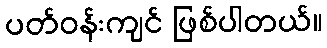
ပတ်ဝန်းကျင် ဖြစ်ပါတယ်။